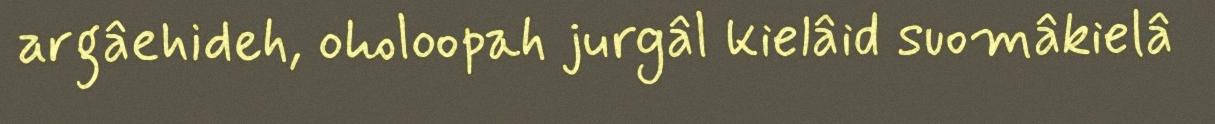
argâehideh, oholoopah jurgâl kielâid suomâkielâ